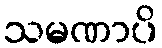
သမဏာပိ